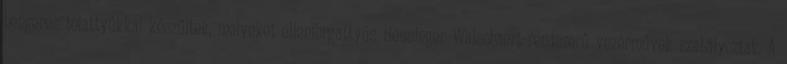
hengeres tolattyúkkal készültek, melyeket ellenforgattyús Heusinger–Walschaert-rendszerű vezérművek szabályoztak. A